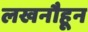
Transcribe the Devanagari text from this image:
लखनौहून